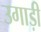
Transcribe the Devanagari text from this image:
उगाड़ी